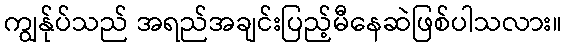
ကျွန်ုပ်သည် အရည်အချင်းပြည့်မီနေဆဲဖြစ်ပါသလား။